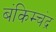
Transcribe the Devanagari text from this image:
बंकिम्चंद्र